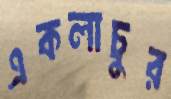
একলাচুর